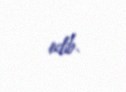
edib.